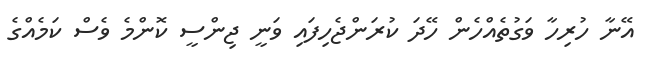
އޭނާ ހުރިހާ ވަގުތެއްހެން ހޭދަ ކުރަންޖެހިފައި ވަނީ ޖިންސީ ކޮންމެ ވެސް ކަމެއްގެ